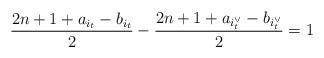
LaTeX: \begin{align*} \frac{ 2n+1 + a_{i_t} -b_{i_t} }{2}-\frac{ 2n+1 + a_{i^\vee_t} -b_{i^\vee_t}}{2}=1 \end{align*}